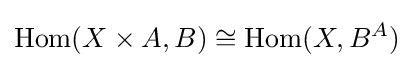
\mathrm {Hom} (X\times A,B)\cong \mathrm {Hom} (X,B^{A})